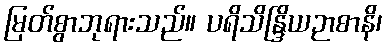
မြတ်စွာဘုရားသည်။ ပရိသိန္ဒြိယဉာစာနိ၊